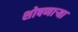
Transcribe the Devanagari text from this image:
शोषणाऱ्या